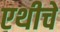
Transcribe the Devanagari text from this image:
एथीचे